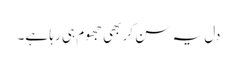
دل یہ سن کر بھی جھوم ہی رہا ہے۔